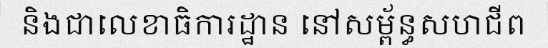
និងជាលេខាធិការដ្ឋាន នៅសម្ព័ន្ធសហជីព